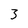
Character: 3